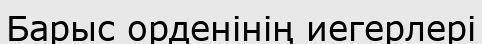
Барыс орденінің иегерлері